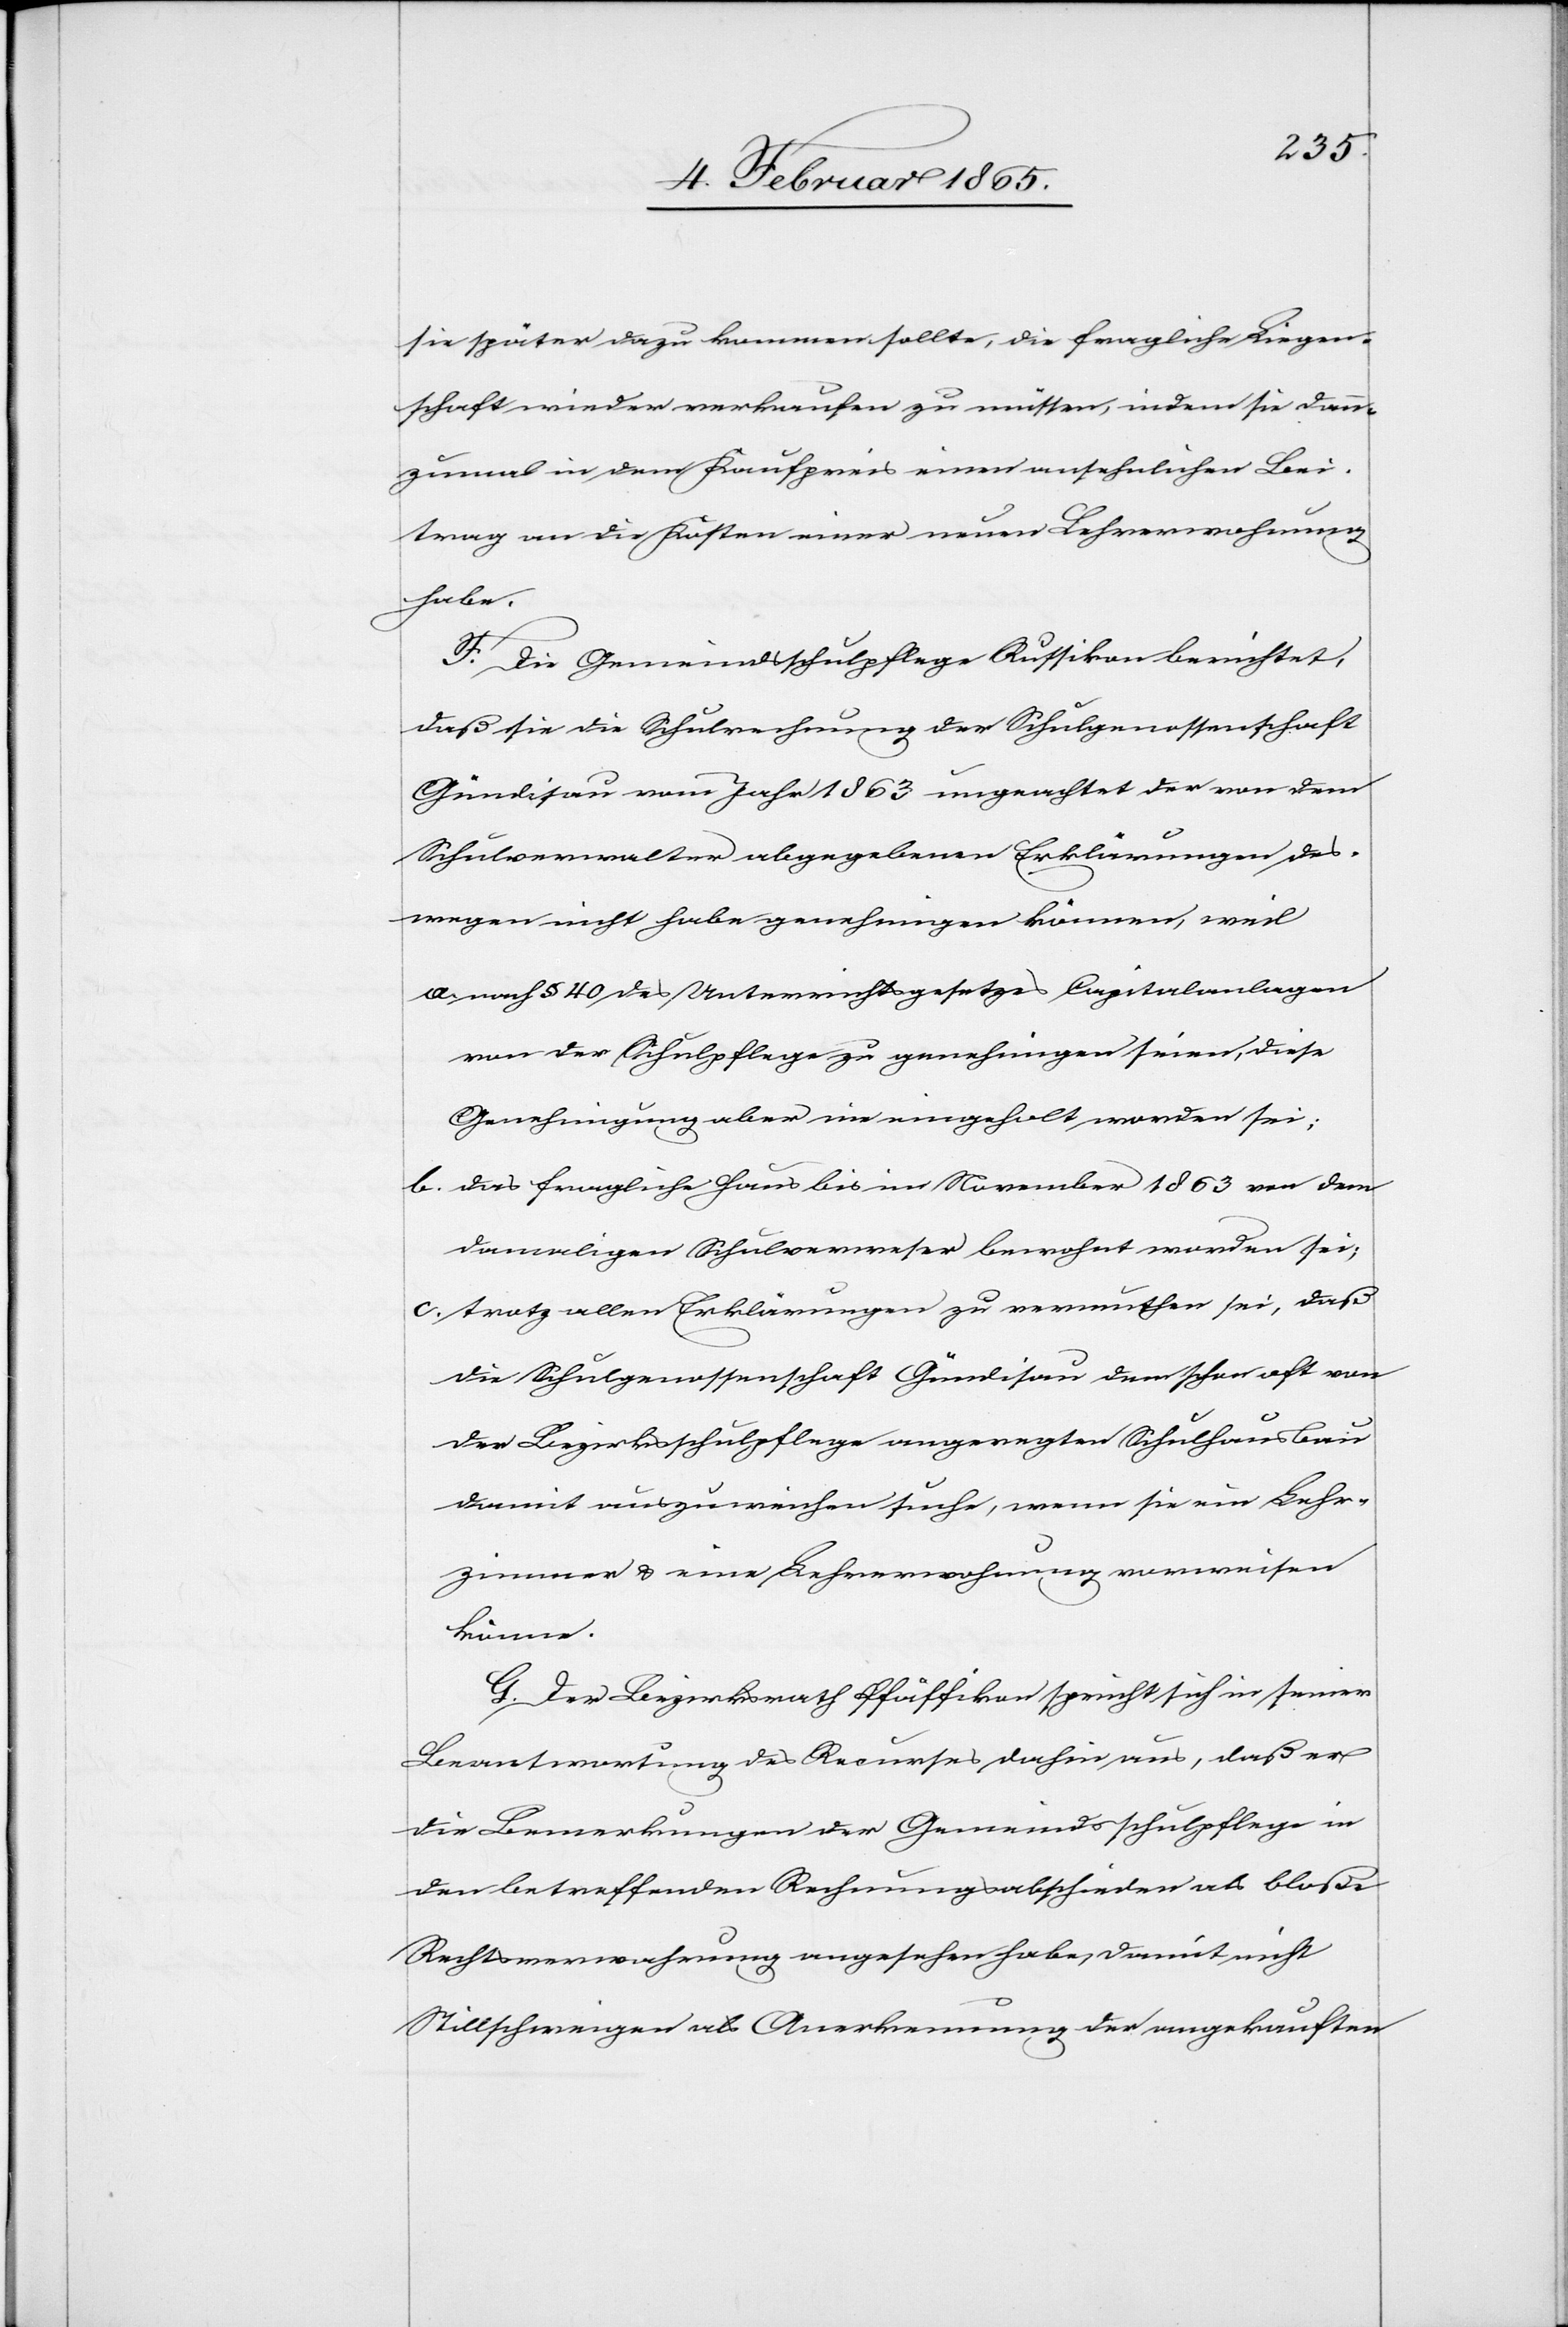
sie später dazu kommen sollte, die fragliche Liegen¬
schaft wieder verkaufen zu müssen, indem sie dann¬
zumal in dem Kaufpreis einen ansehnlichen Bei¬
trag an die Kosten einer neuen Lehrerwohnung
habe.
F. Die Gemeindsschulpflege Russikon berichtet,
daß sie die Schulrechnung der Schulgenossenschaft
Gündisau vom Jahr 1863 ungeachtet der von dem
Schulverwalter abgegebenen Erklärungen des¬
wegen nicht habe genehmigen können, weil
a. nach § 40 des Unterrichtsgesetzes Capitalanlagen
von der Schulpflege zu genehmigen seien, diese
Genehmigung aber nie eingeholt worden sei;
b. das fragliche Haus bis im November 1863 von dem
damaligen Schulverweser bewohnt worden sei;
c. trotz allen Erklärungen zu vermuthen sei, daß
die Schulgenossenschaft Gündisau dem schon oft von
der Bezirksschulpflege angeregten Schulhausbau
damit auszuweichen suche, wenn sie ein Lehr¬
zimmer u. eine Lehrerwohnung vorweisen
könne.
G. Der Bezirksrath Pfäffikon spricht sich in seiner
Beantwortung des Recurses dahin aus, daß er
die Bemerkungen der Gemeindsschulpflege in
den betreffenden Rechnungsabschieden als bloße
Rechtsverwahrung angesehen habe, damit nicht
Stillschweigen als Anerkennung der angekauften